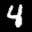
Label: 4